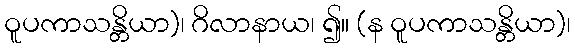
ဝူပကာသန္တိယာ)၊ ဂိလာနာယ၊ ၍။ (န ဝူပကာသန္တိယာ)၊